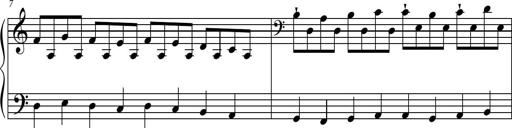
Title: Suite in the Old Style
Composer: Tyler Versluis